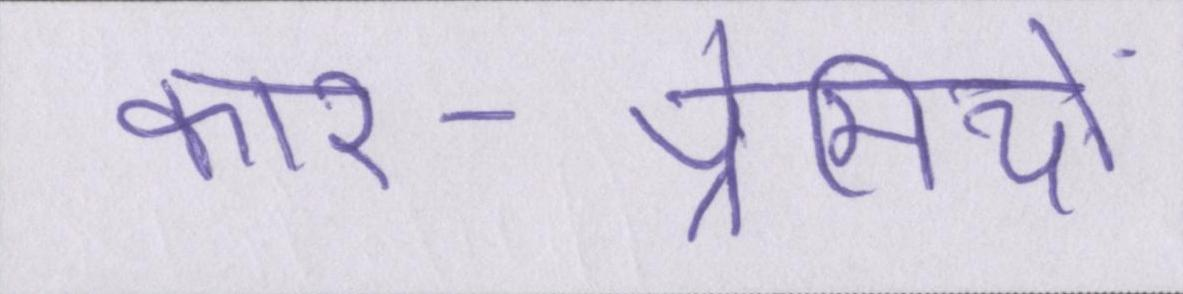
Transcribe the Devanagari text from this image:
कार-प्रेमियों